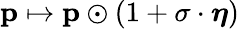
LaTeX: \mathbf{p}\mapsto\mathbf{p}\odot(1+\sigma\cdot\boldsymbol{\eta})